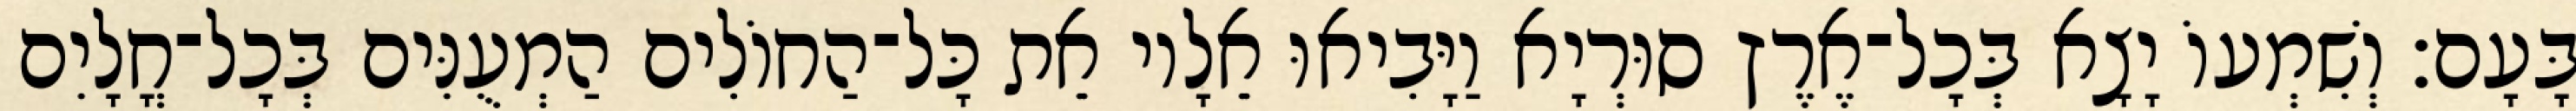
בָּעָם׃ וְשִׁמְעוֹ יָצָא בְּכָל־אֶרֶץ סוּרְיָא וַיָּבִיאוּ אֵלָיו אֵת כָּל־הַחוֹלִים הַמְעֻנִּים בְּכָל־חֳלָיִם